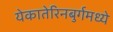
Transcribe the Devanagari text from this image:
येकातेरिनबुर्गमध्ये